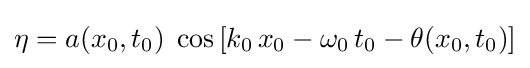
\eta =a(x_{0},t_{0})\;\cos \left[k_{0}\,x_{0}-\omega _{0}\,t_{0}-\theta (x_{0},t_{0})\right]